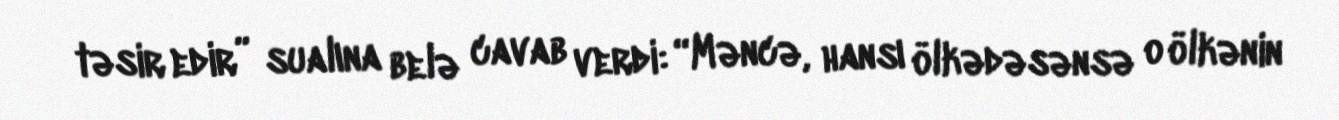
təsir edir” sualına belə cavab verdi: “Məncə, hansı ölkədəsənsə o ölkənin